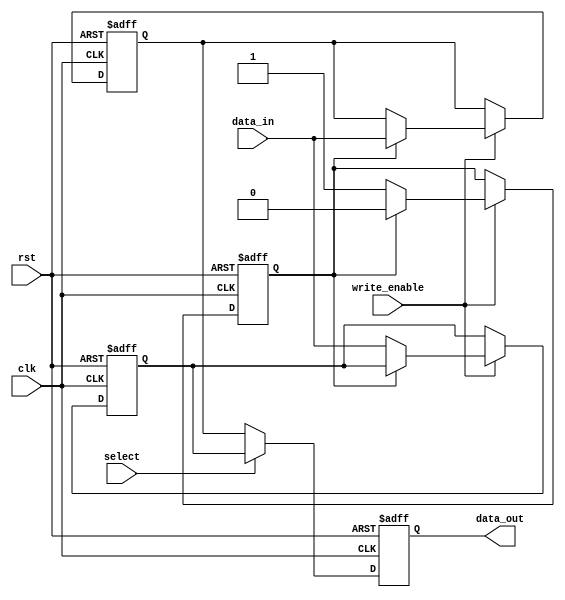
module double_buffer_register (
    input wire clk,
    input wire rst,
    input wire write_enable,
    input wire [7:0] data_in,    // Assuming 8-bit data width; adjust as needed
    input wire select,            // 0 for buffer0, 1 for buffer1
    output reg [7:0] data_out     // Output data bus
);

    // Declare the buffer registers
    reg [7:0] buffer0;
    reg [7:0] buffer1;

    // Buffer selection state variable
    reg current_buffer; // 0 for buffer0, 1 for buffer1

    // Sequential logic for buffer operation
    always @(posedge clk or posedge rst) begin
        if (rst) begin
            // Asynchronous reset
            buffer0 <= 8'b0;
            buffer1 <= 8'b0;
            current_buffer <= 0; // Initialize to buffer0
            data_out <= 8'b0;    // Clear output
        end else begin
            // Write operation
            if (write_enable) begin
                if (current_buffer == 0) begin
                    buffer1 <= data_in; // Write to buffer1 if current is buffer0
                    current_buffer <= 1; // Switch to buffer1 for next write
                end else begin
                    buffer0 <= data_in; // Write to buffer0 if current is buffer1
                    current_buffer <= 0; // Switch to buffer0 for next write
                end
            end
            // Read operation
            data_out <= (select == 0) ? buffer0 : buffer1; // Select buffer for output
        end
    end

endmodule